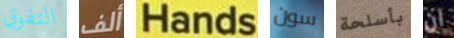
التفوق ألف Hands سون بأسلحة ان